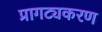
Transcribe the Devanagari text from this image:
प्रागट्यकरण